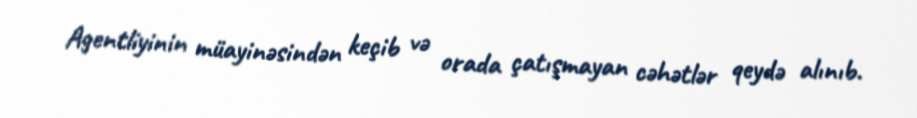
Agentliyinin müayinəsindən keçib və orada çatışmayan cəhətlər qeydə alınıb.